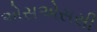
એસએસસી